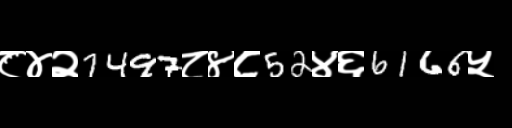
Text: ८४२7497८४८52४६6166५